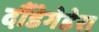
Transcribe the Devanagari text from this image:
दौंडेगेडेरा